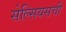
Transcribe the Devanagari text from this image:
सेल्सियसची